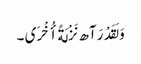
وَ لَقَدْ رَآھ نَزْلَةً أُخْرَی ۔